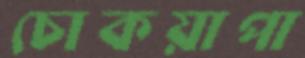
চোকয়াপা